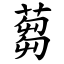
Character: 蒭